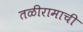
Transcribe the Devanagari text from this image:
तळीरामाची